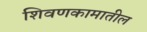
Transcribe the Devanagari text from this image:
शिवणकामातील